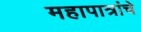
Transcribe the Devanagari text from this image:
महापात्रांचे